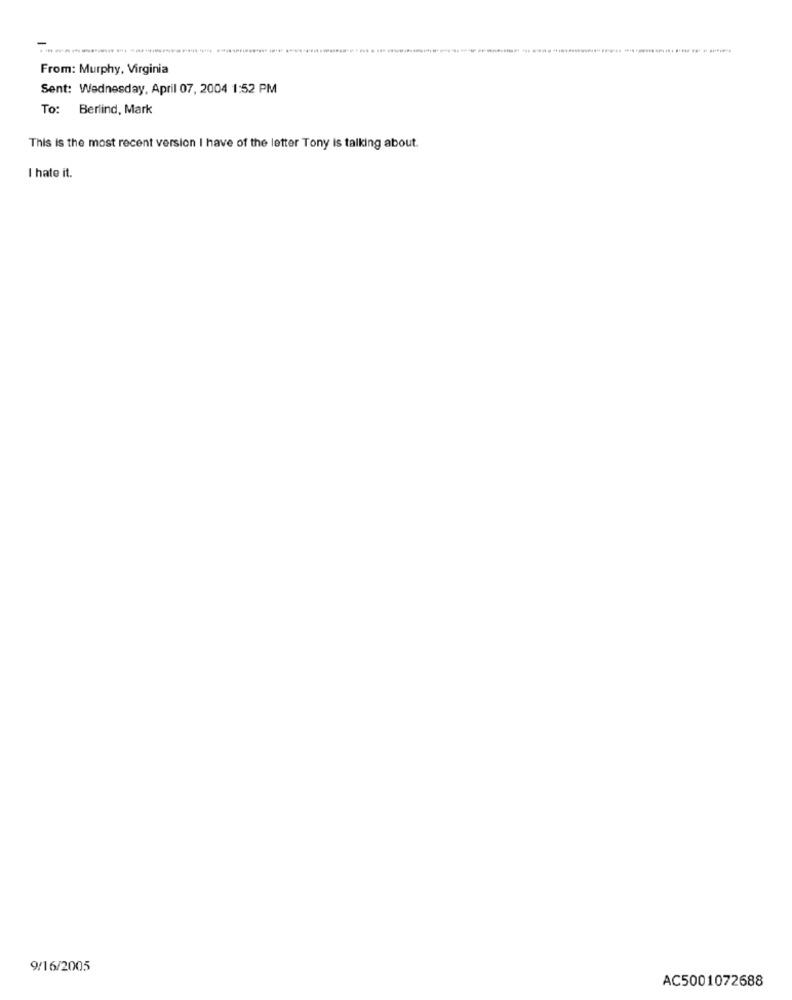
From: Murphy, Virginia
Sent: Wednesday, April 07, 2004 1:52 PM
To:
Berlind, Mark
This is the most recent version I have of the letter Tony is talking about.
I hate it.
9/16/2005
AC5001072688